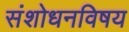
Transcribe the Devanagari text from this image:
संशोधनविषय